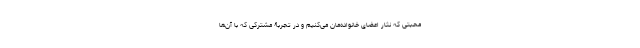
محبتی که نثار اعضای خانواده‌مان می‌کنیم و در تجربۀ مشترکی که با آن‌ها